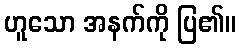
ဟူသော အနက်ကို ပြ၏။